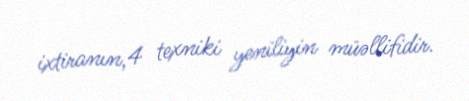
ixtiranın,4 texniki yeniliyin müəllifidir.